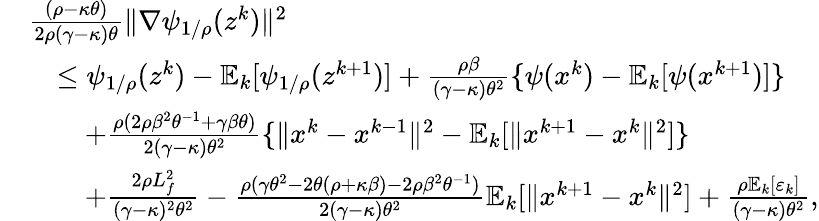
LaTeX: \begin{array}{rl}&{\frac{(\rho-\kappa\theta)}{2\rho(\gamma-\kappa)\theta}\| \nabla\psi_{1/\rho}(z^{k})\| ^{2}}\\ &{\quad\leq\psi_{1/\rho}(z^{k})-\mathbb{E}_{k}[\psi_{1/\rho}(z^{k+1})]+\frac{\rho\beta}{(\gamma-\kappa)\theta^{2}}\{ \psi(x^{k})-\mathbb{E}_{k}[\psi(x^{k+1})]\} }\\ &{\qquad+\frac{\rho(2\rho\beta^{2}\theta^{-1}+\gamma\beta\theta)}{2(\gamma-\kappa)\theta^{2}}\{ \| x^{k}-x^{k-1}\| ^{2}-\mathbb{E}_{k}[\| x^{k+1}-x^{k}\| ^{2}]\} }\\ &{\qquad+\frac{2\rho L_{f}^{2}}{(\gamma-\kappa)^{2}\theta^{2}}-\frac{\rho(\gamma\theta^{2}-2\theta(\rho+\kappa\beta)-2\rho\beta^{2}\theta^{-1})}{2(\gamma-\kappa)\theta^{2}}\mathbb{E}_{k}[\| x^{k+1}-x^{k}\| ^{2}]+\frac{\rho\mathbb{E}_{k}[\varepsilon_{k}]}{(\gamma-\kappa)\theta^{2}},}\end{array}